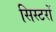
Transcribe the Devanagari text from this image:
सिस्टरों